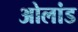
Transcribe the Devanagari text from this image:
ओलांड